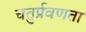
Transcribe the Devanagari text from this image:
चतुर्प्रवणता